Leaving Certificate Examination (including Day School Certificate (Higher) General paper), 1932
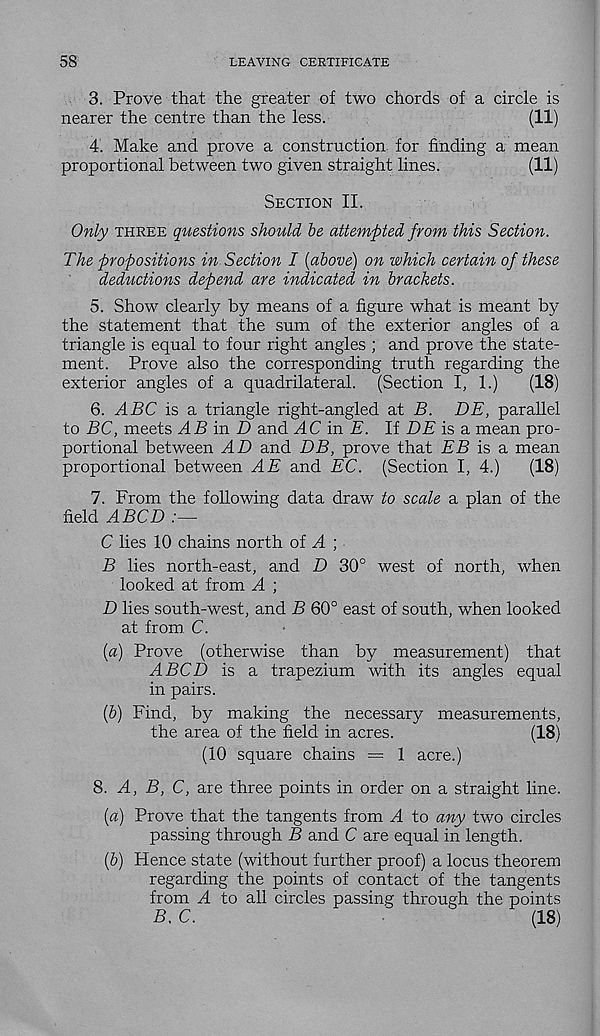
58
LEAVING CERTIFICATE
3. Prove that the greater of two chords of a circle is
nearer the centre than the less.
(11)
4. Make and prove a construction for finding a mean
proportional between two given straight lines.
(11)
Section II.
Only three questions should be attempted from this Section.
The propositions in Section I [above) on which certain of these
deductions depend are indicated in brackets.
5. Show clearly by means of a figure what is meant by
the statement that the sum of the exterior angles of a
triangle is equal to four right angles ; and prove the state-
ment. Prove also the corresponding truth regarding the
exterior angles of a quadrilateral. (Section I, 1.)
(18)
6. ABC is a triangle right-angled at B. DE, parallel
to BC, meets AB in D and AC in E. If DE is a mean pro-
portional between AD and DB, prove that EB is a mean
proportional between AE and EC. (Section I, 4.)
(18)
7. From the following data draw to scale a plan of the
field ABCD
C lies 10 chains north of A ;
B lies north-east, and D 30° west of north, when
looked at from A ;
D lies south-west, and B 60° east of south, when looked
at from C.
(a) Prove (otherwise than by measurement) that
ABCD is a trapezium with its angles equal
in pairs.
(b) Find, by making the necessary measurements,
the area of the field in acres.
(18)
(10 square chains = 1 acre.)
8. A, B, C, are three points in order on a straight line.
(a) Prove that the tangents from A to any two circles
passing through B and C are equal in length.
(b) Hence state (without further proof) a locus theorem
regarding the points of contact of the tangents
from A to all circles passing through the points
B. C.
(18)